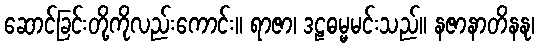
ဆောင်ခြင်းတို့ကိုလည်းကောင်း။ ရာဇာ၊ ဒဠဓမ္မမင်းသည်။ နဇာနာတိနနု၊